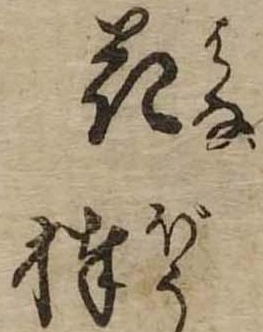
花棒